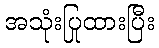
အသုံးပြုထားပြီး